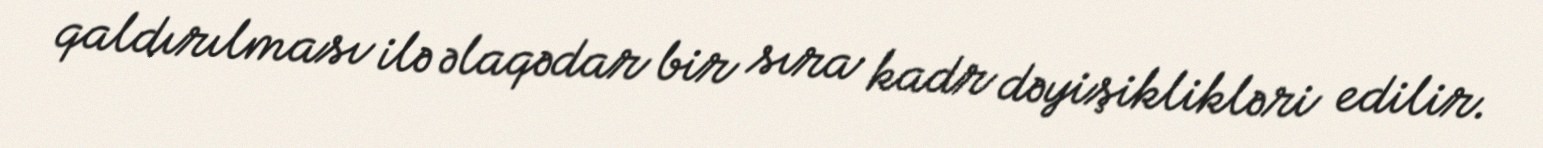
qaldırılması ilə əlaqədar bir sıra kadr dəyişiklikləri edilir.